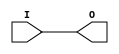
module IBUFG_LVDCI_DV2_25 (O, I);

    output O;

    input  I;

	buf B1 (O, I);


endmodule